Newspaper: West-Jersey pioneer. [volume]
Place of publication: Bridgeton, N.J.
Publisher: [James B. Ferguson]
Date: 1870-05-06 00:00:00
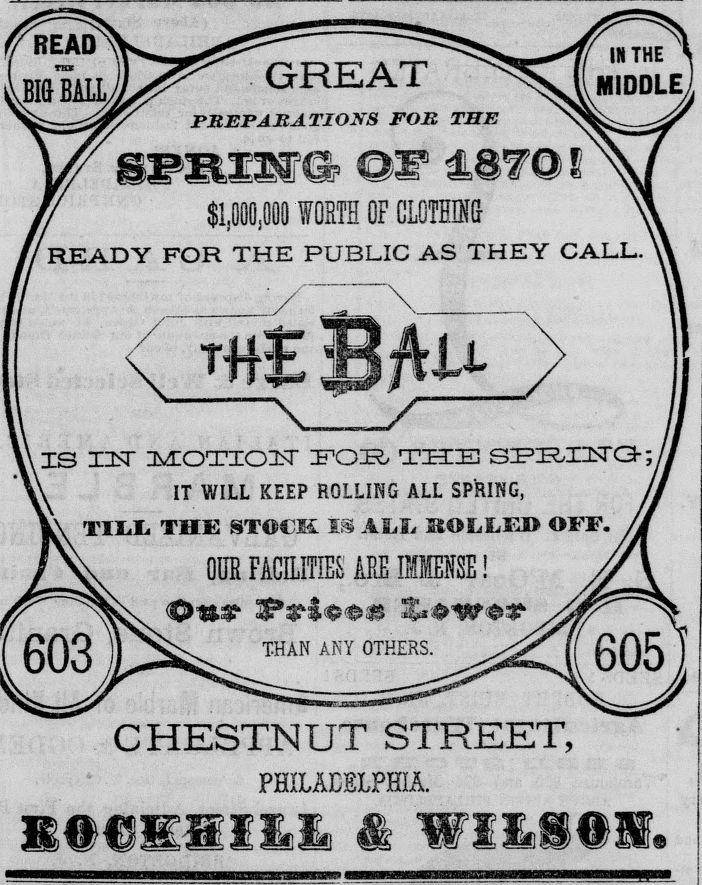
Advertisement text (OCR):
Ibi&baliJ^^^GREAT ^^^£middle] —^0/ PREPARATIONS FOR THE Yfsis-misa? o? ©i* 4®7© ia7 Z' $1,000,000 IQRfB OF CLOTHING 'A j READY FOR THE PUBLIC AS THEY CALL.'A \ t#e BAu > Yi IS IZCxT 3VCOTIOPT FOR TZEFEJ SPFINQ-;// Vi IT WILL KEEP ROLLING ALL SPRING, J \\ till the stock is all kolleh off. // Z\ OUR FACILITIES ARE IMMENSE! J/\ S’s'iese 'lows* ™^^ssO605] CHESTNUT STREET, PHILADELPHIA. 1I6IIIU 1 WIM9S.
Label: illustrations